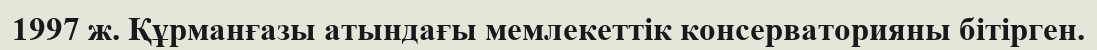
1997 ж. Құрманғазы атындағы мемлекеттік консерваторияны бітірген.